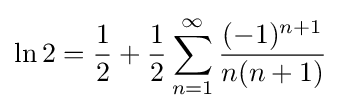
\ln 2={\frac {1}{2}}+{\frac {1}{2}}\sum _{n=1}^{\infty }{\frac {(-1)^{n+1}}{n(n+1)}}